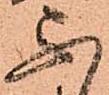
不